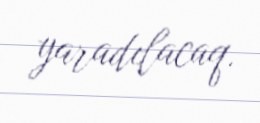
yaradılacaq.